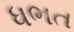
ધભત